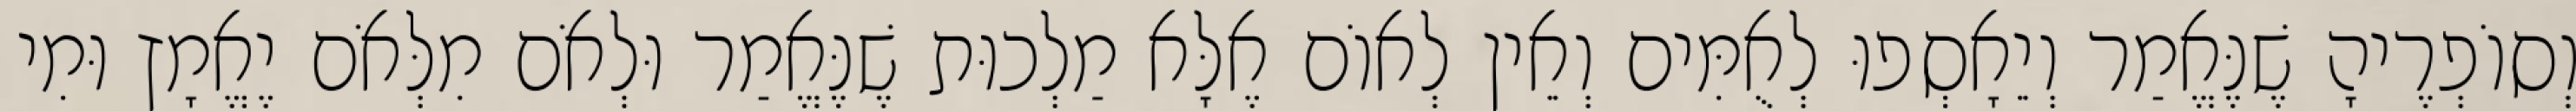
וְסוֹפְרֶיהָ שֶׁנֶּאֱמַר וְיֵאָסְפוּ לְאֻמִּים וְאֵין לְאוֹם אֶלָּא מַלְכוּת שֶׁנֶּאֱמַר וּלְאֹם מִלְּאֹם יֶאֱמָץ וּמִי